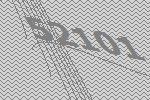
52101